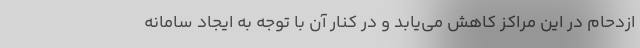
ازدحام در این مراکز کاهش می‌یابد و در کنار آن با توجه به ایجاد سامانه